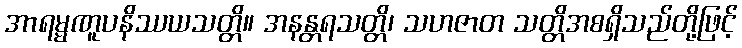
အာရမ္မဏူပနိဿယသတ္တိ။ အနန္တရသတ္တိ၊ သဟဇာတ သတ္တိအစရှိသည်တို့ဖြင့်